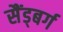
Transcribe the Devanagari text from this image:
सैंड्बर्ग